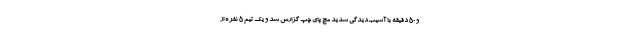
و ۵۰ دقیقه با آسیب‌دیدگی شدید مچ پای چپ گزارش شد و یک تیم ۵ نفره از